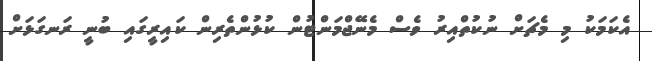
އެކަމަކު މި މެޗަށް ނުކުތްއިރު ވެސް މެނޭޖްމަންޓުން ކުޅުންތެރިން ކައިރީގައި ބުނީ ރަނގަޅަށް